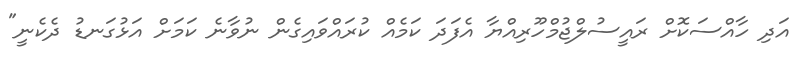
އަދި ހާއްސަކޮށް ރައީސުލްޖުމްހޫރިއްޔާ އެފަދަ ކަމެއް ކުރައްވައިގެން ނުވާނެ ކަމަށް އަޅުގަނޑު ދެކެނީ"